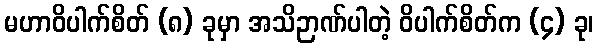
မဟာဝိပါက်စိတ် (၈) ခုမှာ အသိဉာဏ်ပါတဲ့ ဝိပါက်စိတ်က (၄) ခု၊